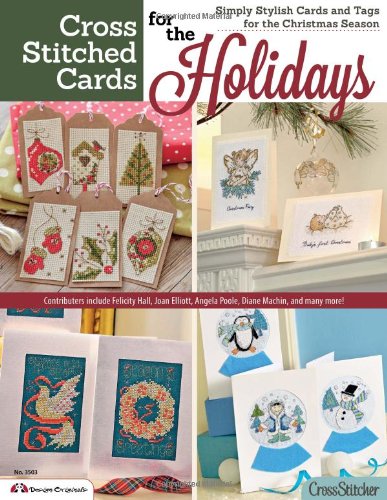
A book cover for Cross Stitched Cards for the Holidays: Simply Stylish Cards and Tags for the Christmas Season (Design Originals); Editors Of CrossStitcher Magazine; Crafts, Hobbies & Home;